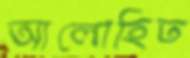
আলোহিত